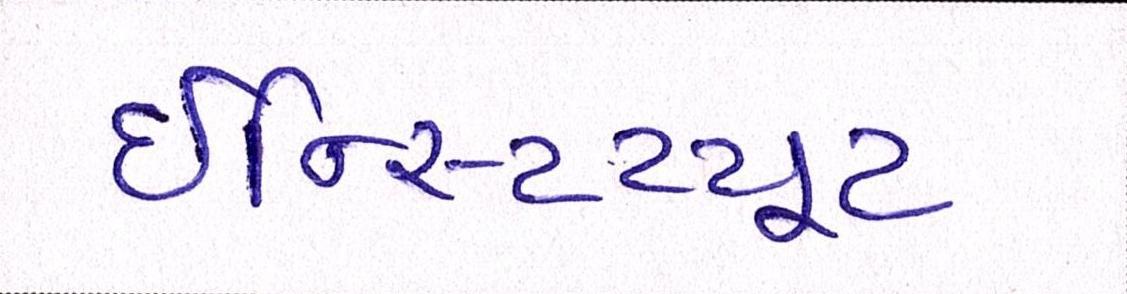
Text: ઈન્સ્ટિટ્યૂટ